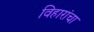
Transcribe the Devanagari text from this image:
विहारांचा